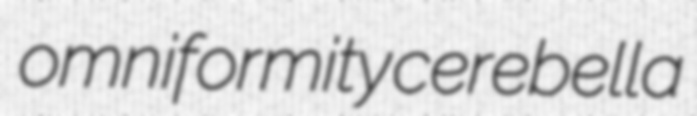
omniformity cerebella